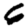
Digit: 6